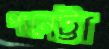
পানেট্টা